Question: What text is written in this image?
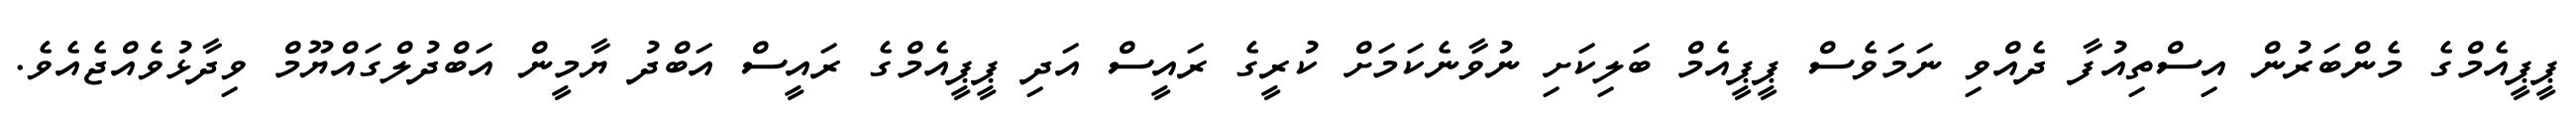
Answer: ޕީޕީއެމްގެ މެންބަރުން އިސްތިއުފާ ދެއްވި ނަމަވެސް ޕީޕީއެމް ބަލިކަށި ނުވާނެކަމަށް ކުރީގެ ރައީސް އަދި ޕީޕީއެމްގެ ރައީސް އަބްދު ޔާމީން އަބްދުލްގައްޔޫމް ވިދާޅުވެއްޖެއެވެ.